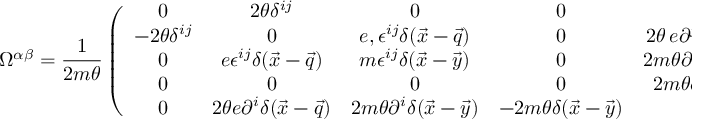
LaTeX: { \Omega } ^ { \alpha \beta } = { \frac { 1 } { 2 m \theta } } \left( \begin{array} { c c c c c } { { 0 } } & { { 2 \theta \delta ^ { i j } } } & { { 0 } } & { { 0 } } & { { 0 } } \\ { { - 2 \theta \delta ^ { i j } } } & { { 0 } } & { { { e } , \epsilon ^ { i j } \delta ( \vec { x } - \vec { q } ) } } & { { 0 } } & { { 2 \theta \, e \partial ^ { j } \delta ( \vec { x } - \vec { q } ) } } \\ { { 0 } } & { { { e } \epsilon ^ { i j } \delta ( \vec { x } - \vec { q } ) } } & { { m \epsilon ^ { i j } \delta ( \vec { x } - \vec { y } ) } } & { { 0 } } & { { 2 m \theta \partial ^ { j } \delta ( \vec { x } - \vec { y } ) } } \\ { { 0 } } & { { 0 } } & { { 0 } } & { { 0 } } & { { 2 m \theta \delta ( \vec { x } - \vec { y } ) } } \\ { { 0 } } & { { 2 \theta { e } \partial ^ { i } \delta ( \vec { x } - \vec { q } ) } } & { { 2 m \theta \partial ^ { i } \delta ( \vec { x } - \vec { y } ) } } & { { - 2 m \theta \delta ( \vec { x } - \vec { y } ) } } & { { 0 } } \end{array} \right)